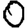
Digit: 0